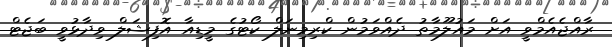
ރާއްޖެއެމްވީ އަށް މައުލޫމާތު ދެއްވަމުން ކްރިމިނަލް ކޯޓުގެ މީޑިއާ އޮފިޝަލް ވިދާޅުވީ ބަޖެޓް